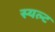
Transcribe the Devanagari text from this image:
स्यल्ट